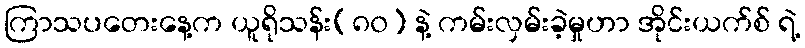
ကြာသပတေးနေ့က ယူရိုသန်း(၈၀) နဲ့ ကမ်းလှမ်းခဲ့မှုဟာ အိုင်းယက်စ် ရဲ့